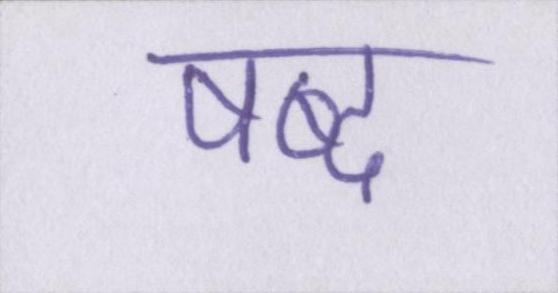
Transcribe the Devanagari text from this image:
षब्द